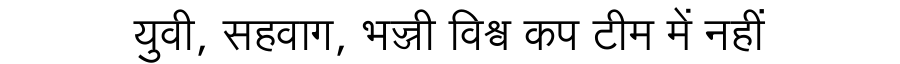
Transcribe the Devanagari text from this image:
युवी, सहवाग, भज्जी विश्व कप टीम में नहीं